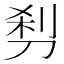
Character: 𰄵